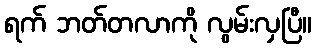
ရက် ဘတ်တလာကို လွမ်းလှပြီ။